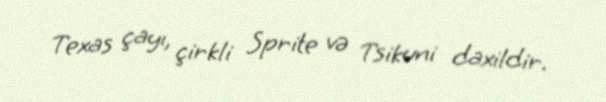
Texas çayı, çirkli Sprite və Tsikuni daxildir.